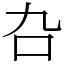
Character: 叴